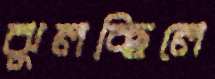
ঝুলচ্ছিলে